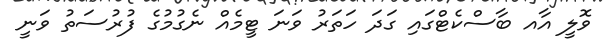
ވޮލީ އާއ ބާސްކެޓްގައި ގަދަ ހަތަރު ވަނަ ޓީމެއް ނެގުމުގެ ފުރުސަތު ވަނީ